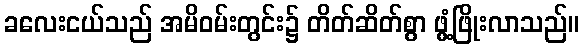
ခလေးငယ်သည် အမိဝမ်းတွင်း၌ တိတ်ဆိတ်စွာ ဖွံ့ဖြိုးလာသည်။